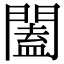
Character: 闔